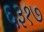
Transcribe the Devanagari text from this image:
६३१७